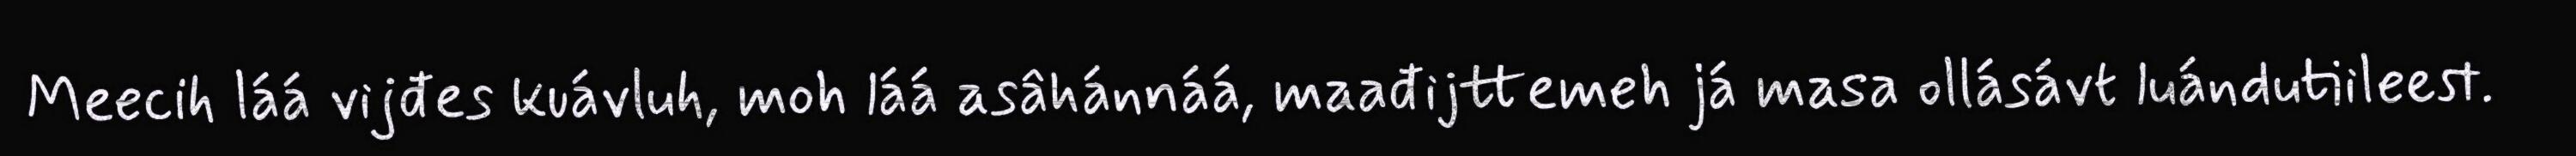
Meecih láá vijđes kuávluh, moh láá asâhánnáá, maađijttemeh já masa ollásávt luándutiileest.